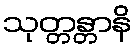
သုတ္တန္တာနိ